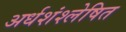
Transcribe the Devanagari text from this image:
अर्धशंश्लेषित